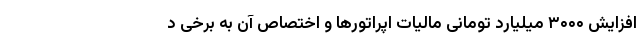
افزایش ۳۰۰۰ میلیارد تومانی مالیات اپراتورها و اختصاص آن به برخی د